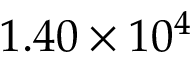
1 . 4 0 \times 1 0 ^ { 4 }